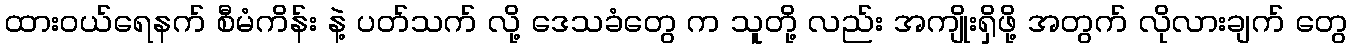
ထားဝယ်ရေနက် စီမံကိန်း နဲ့ ပတ်သက် လို့ ဒေသခံတွေ က သူတို့ လည်း အကျိုးရှိဖို့ အတွက် လိုလားချက် တွေ